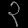
Digit: ၃